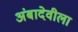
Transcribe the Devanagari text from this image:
अंबादेवीला